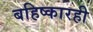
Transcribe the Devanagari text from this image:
बहिष्कारही